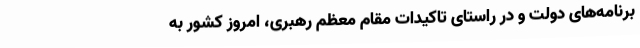
برنامه‌های دولت و در راستای تاکیدات مقام معظم رهبری، امروز کشور به